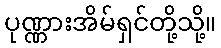
ပုဏ္ဏားအိမ်ရှင်တို့သို့။